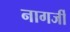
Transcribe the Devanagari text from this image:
नागर्जी